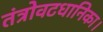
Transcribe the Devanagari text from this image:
तंत्रोवटधानिका।